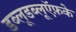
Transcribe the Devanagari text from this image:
डब्लूडब्लूऍफ़के